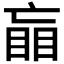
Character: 𰥲